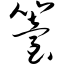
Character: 笞